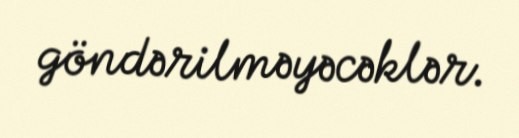
göndərilməyəcəklər.